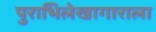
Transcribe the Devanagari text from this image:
पुराभिलेखागाराला